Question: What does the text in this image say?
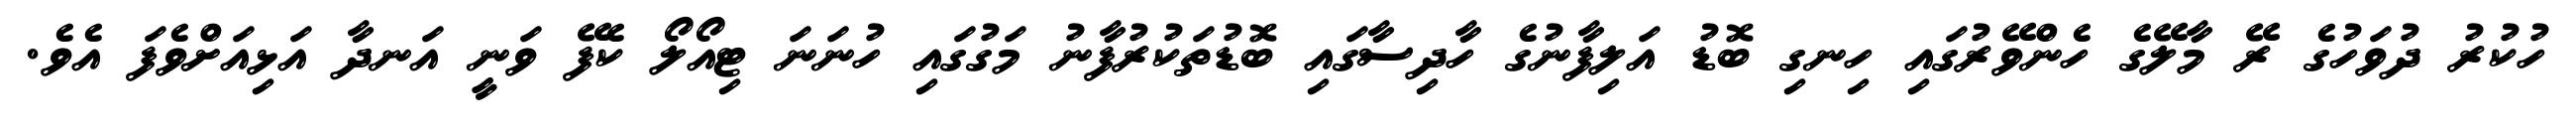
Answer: ހުކުރު ދުވަހުގެ ރޭ މާލޭގެ ހެންވޭރުގައި ހިނގި ބޮޑު އަލިފާނުގެ ހާދިސާގައި ބޮޑުތަކުރުފާނު މަގުގައި ހުނަނަ ޓިއޯލޯ ކެފޭ ވަނީ އަނދާ އަޅިއަށްވެފަ އެވެ.